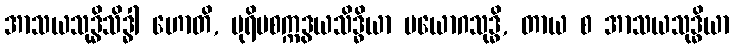
အာသယသုဒ္ဓိသိဒ္ဓါ ဟောတိ, ပုရိမစက္ကဒွယသိဒ္ဓိယာ ပယောဂသုဒ္ဓိ, တာယ စ အာသယသုဒ္ဓိယာ